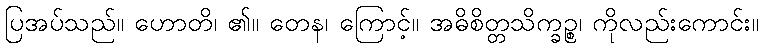
ပြအပ်သည်။ ဟောတိ၊ ၏။ တေန၊ ကြောင့်။ အဓိစိတ္တသိက္ခဉ္စ၊ ကိုလည်းကောင်း။